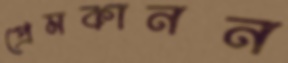
প্রেমকানন